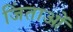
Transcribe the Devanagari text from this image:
जिंताओं